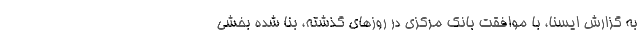
به گزارش ایسنا، با موافقت بانک مرکزی در روزهای گذشته، بنا شده بخشی